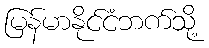
မြန်မာနိုင်ငံဘက်သို့